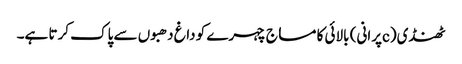
ٹھنڈی(cپرانی) بالائی کا مساج چہرے کو داغ دھبوں سے پاک کرتا ہے۔